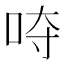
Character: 𭇡